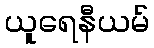
ယူရေနီယမ်